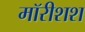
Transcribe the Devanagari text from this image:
मॉरीशश